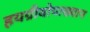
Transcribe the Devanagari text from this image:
हयग्रीवोपाख्यान